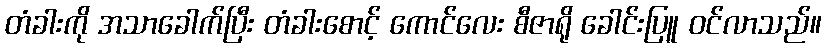
တံခါးကို အသာခေါက်ပြီး တံခါးစောင့် ကောင်လေး စီဇာရို ခေါင်းပြူ ဝင်လာသည်။